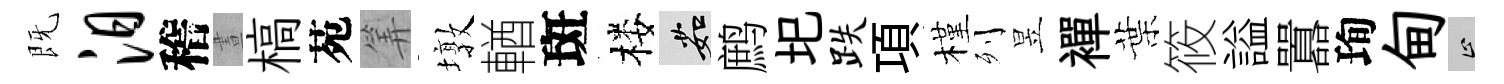
既汨稽晝槁苑筭墩輶斑楼茹鹧圯跌項槿列昱襌葉筱謚囂珣甸止